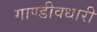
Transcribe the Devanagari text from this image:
गाण्डीवधारी